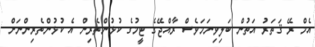
އެމް ރޭ ޤަތަރު އަތުން ބަލިވިނަމަވެސް ރާއްޖޭގެ ޓީމުގެ ކުޅުންތެރިން އެ ކުޅުންތެރިންނަށް